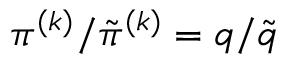
\pi ^ { ( k ) } / \tilde { \pi } ^ { ( k ) } = q / \tilde { q }